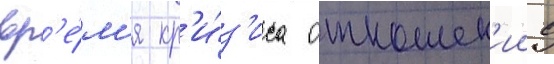
вр'е́м'я кр'и́з'иса отношен'ии с